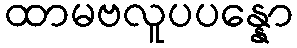
ထာမဗလူပပန္နော